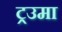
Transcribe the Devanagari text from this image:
ट्रउमा